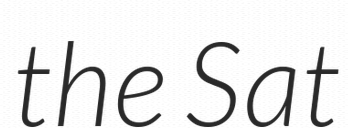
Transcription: the Sat